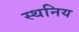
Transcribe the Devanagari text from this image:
स्थनिय